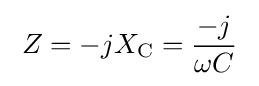
\;Z=-jX_{\text{C}}={\frac {-j}{\omega C}}\;